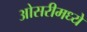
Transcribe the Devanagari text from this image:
ओसरीमध्ये